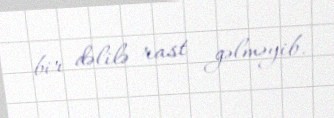
bir dəlilə rast gəlməyib.